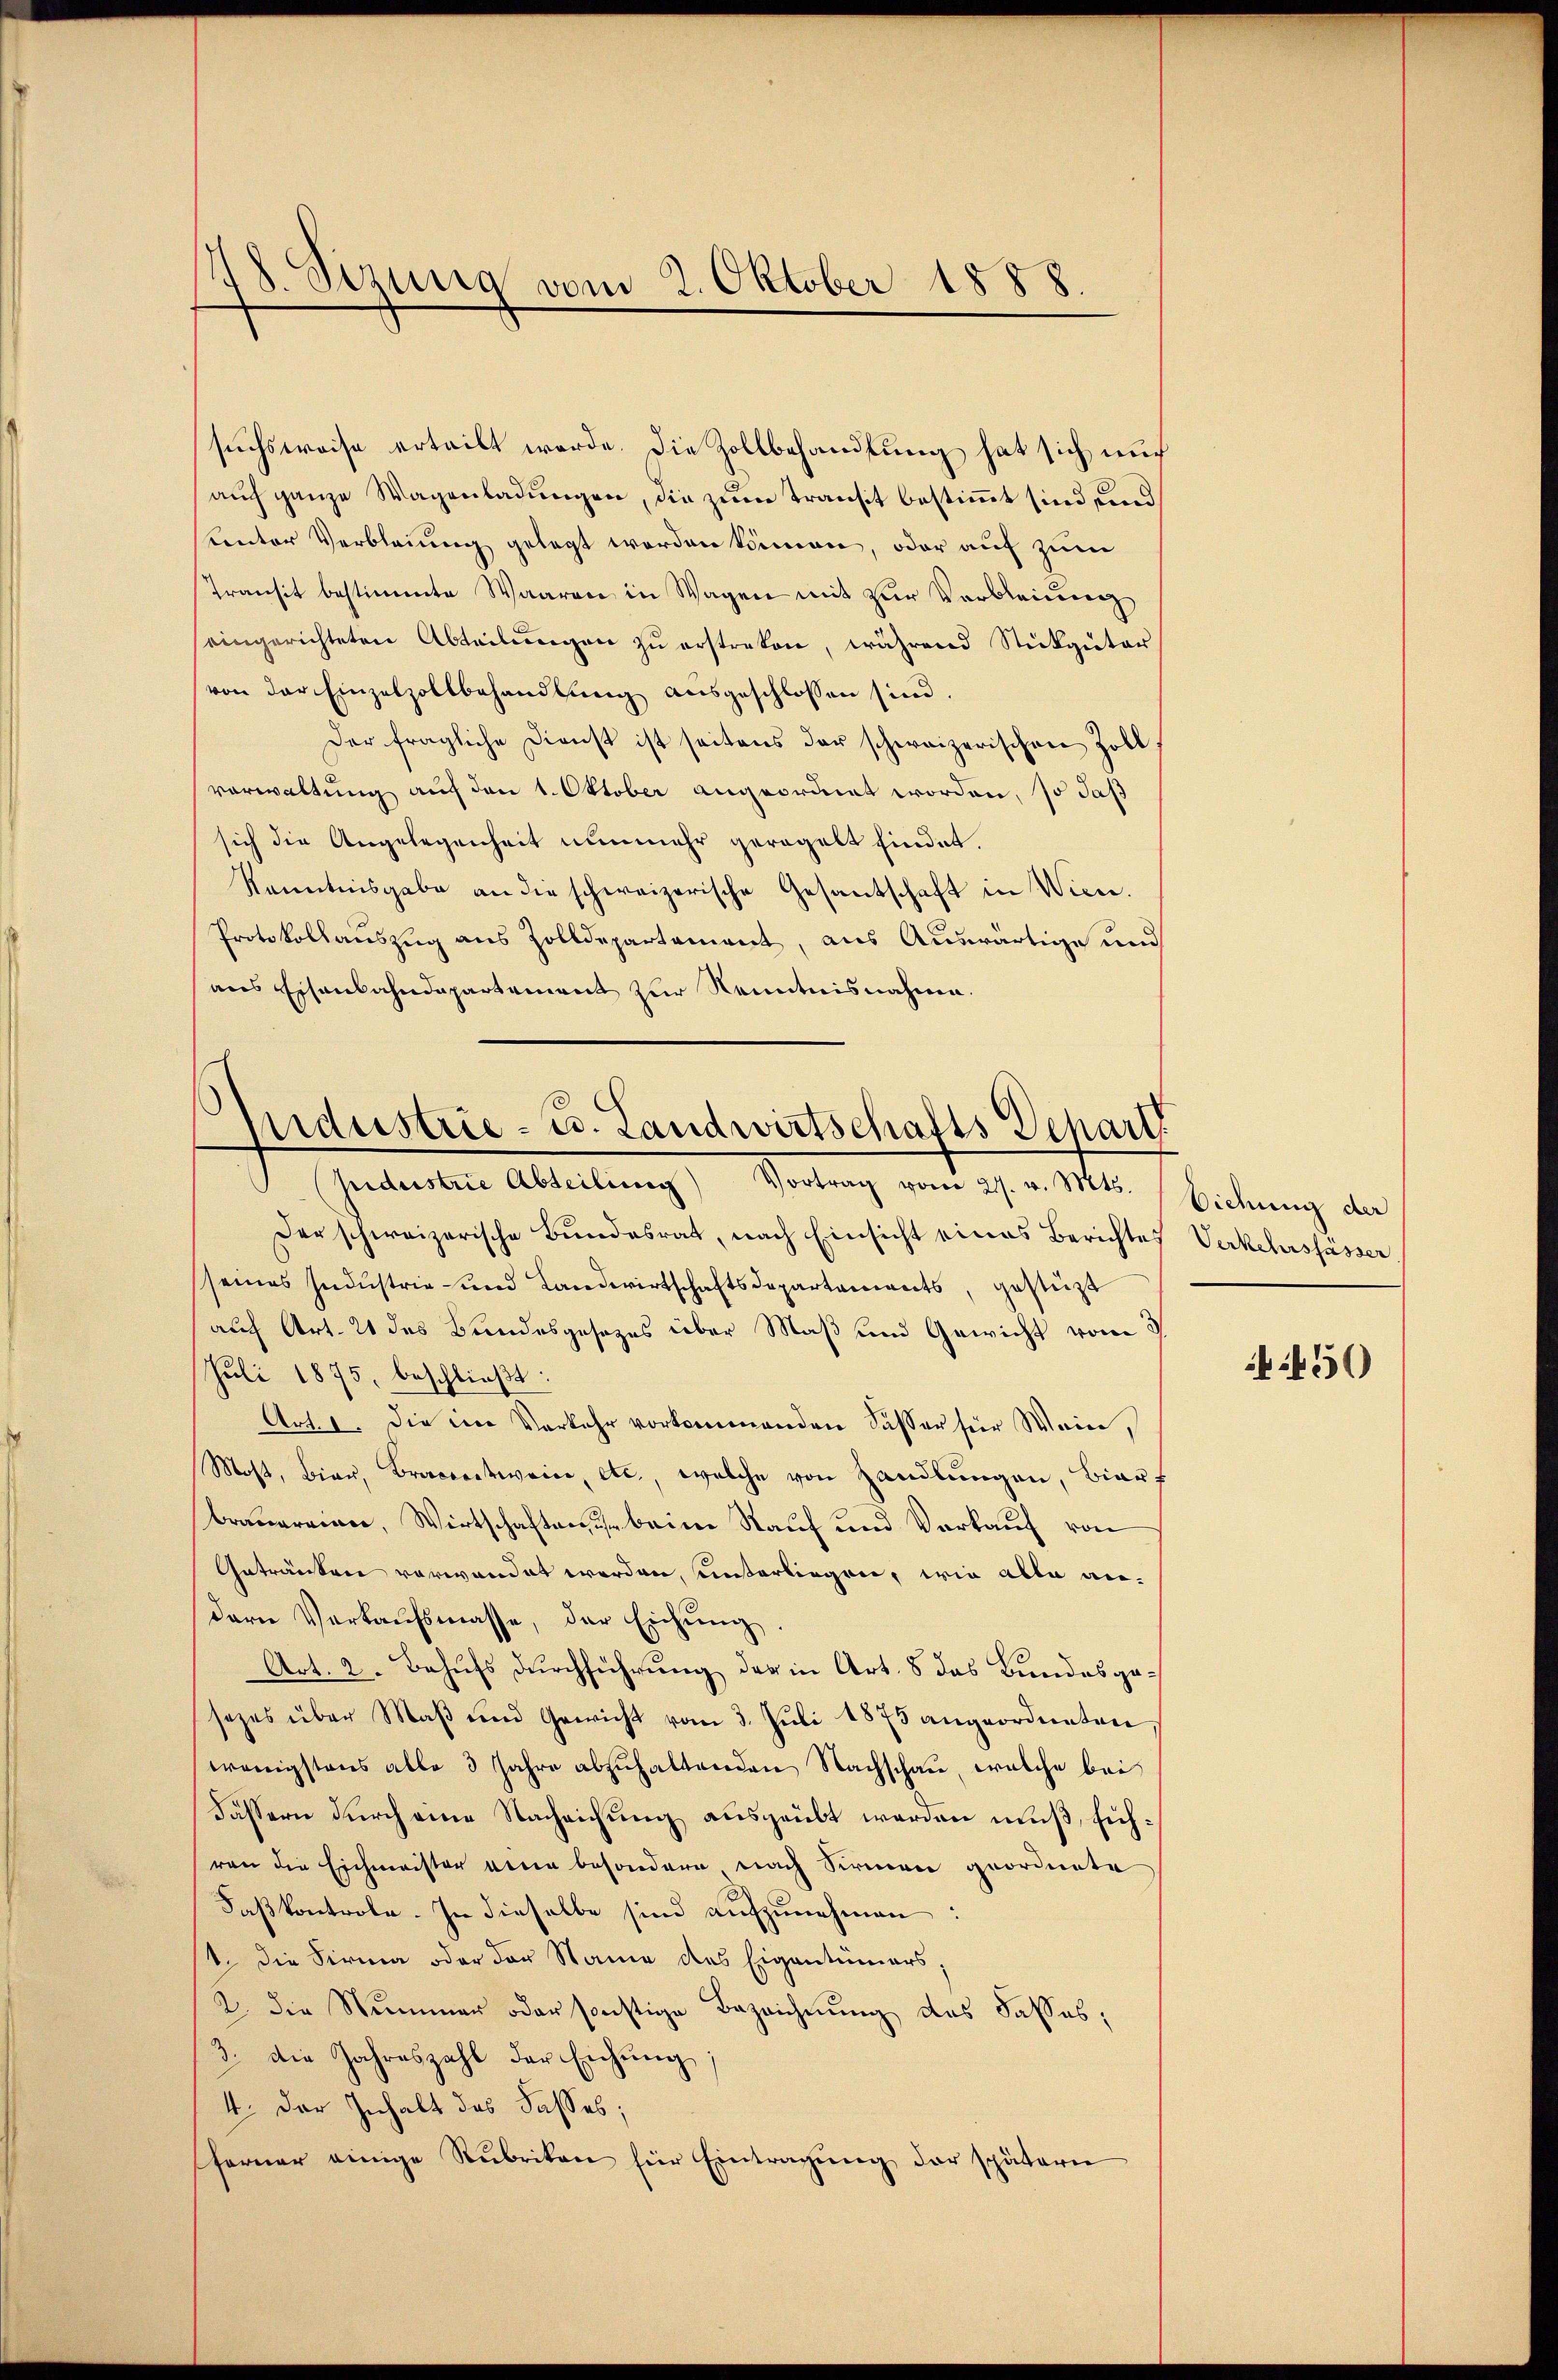
18. Sizung vom 2. Oktober 1888

suchsweise erteilt werde. Die Zollbehandlung hat sich unauch ganze Wagenladungen, die zum Transit bestimmt sind und
lentor Verbleiung gelegt werden können, oder auf zum
Transit bestimmte Waaren in Wagen mit zur Verbleiung
eingerichteten Abteilŭngen zŭ erstreken, während Stükgüter
von der Einzelzollbehandlung ausgeschlossen sind.
Der fragliche Dienst ist seitens der schweizerischen Zoll
vorwaltung auf den 1. Oktober angeordnet worden, so daß
sich die Angelegenheit nunmehr geregelt findet.
Kenntnisgabe an die schweizerische Gesantschaft in Wien.
Protokollauszug aus Zolldepartement, aus Auswärtige und
ans Eisenbahndepartement zur Kenntnisnahme.

s
ndustrie - u. Landwirtschafts Dehart

Industrie Abteilung Vortrag vom 21. v. Mts.
Der schweizerische Bŭndesrat, nach Einsicht eines Berichtes
seines Industrie und Landwirtschaftsdepartenwerts, gestüzt
auf Art. 21 des Bundesgesezes über Maß und Gewicht vom 3
Juli 1875, beschließt:
Art. 1. die im Verkehr vorkommenden Sasser für Wein,
Most, Bier, Braceretweine, etc., welche von Handlungen, Bier
brauereien, Wirtschaften, u. beim Kauf und Verkauf von
Getränken verwandet werden, unterliegen, wie alle andern Verkaŭfsmasse, der Eichung.
Art. 2. Behufs durchführung des in Art. 8 das Bundesgesezes über Maβ und Gewicht vom 3. Juli 1875 angeordneten
wenigstens alle 3 Jahre abzŭhaltenden Nachschau, welche bei
Fässern durch eine Nachrichung ausgeübt werden muß, sichvon die Eichmeister neue besondere, nach Sirmen geordnete
Faßkontrole. In dieselbe sind aufzunehmen:
st., die Firma oder der Name des Eigentümers;
2. die Nummer oder sonstige Bezeichnung des Fasses;
3. die Jahreszahl der Eichung
4. Der Inhalt des Fasses;
ferner einige Rubriken für Eintragŭng der späteren

Eichung der
Verkehrssässer
450